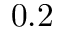
0 . 2